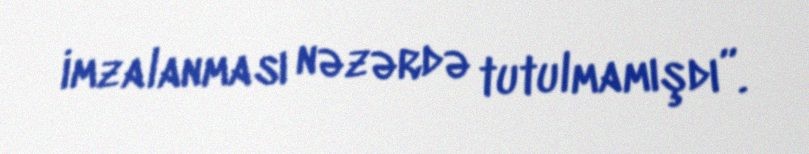
imzalanması nəzərdə tutulmamışdı”.